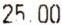
25.00